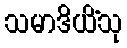
သမာဒိယိံသု